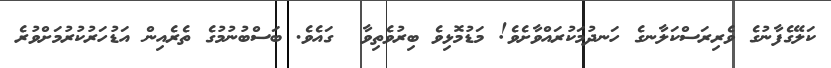
ކަލޭގެފާނުގެ ވެރިރަސްކަލާނގެ ހަނދުމަކުރައްވާށެވެ! މަޑުމޮޅިވެ ބިރުވެތިވާ  ގައެވެ. ބަސްބުނުމުގެ ތެރެއިން އަޑުހަރުކުރުމަށްވުރެ